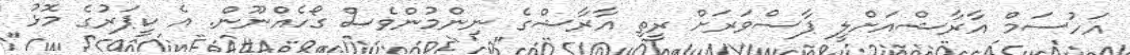
އަހުސަމް އާރާޝްއަށްލީ ޕާސްވަރަަށް ރީތި އާރާޝްގެ ނިންމުންވެސް ގޯހެއްނޫން. އެ ކީޕަރުގެ މޮޅު